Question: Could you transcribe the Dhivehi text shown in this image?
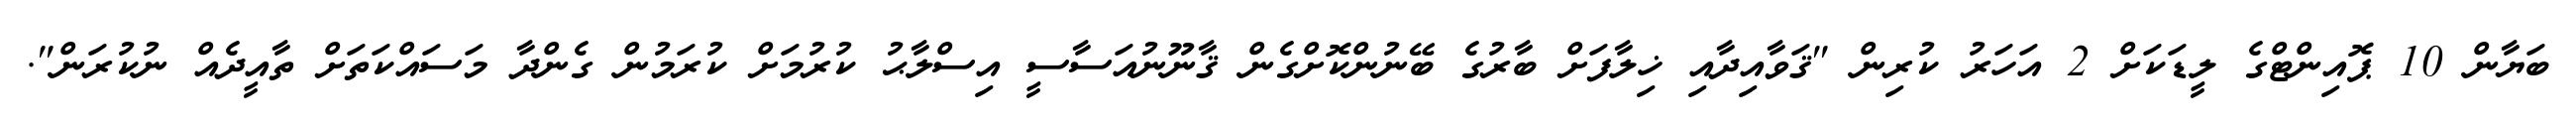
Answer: ބަޔާން 10 ޕޮއިންޓްގެ ލީޑަކަށް 2 އަހަރު ކުރިން "ޤަވާއިދާއި ޚިލާފަށް ބާރުގެ ބޭނުންކޮށްގެން ޤާނޫނުއަސާސީ އިސްލާޙު ކުރުމަށް ކުރަމުން ގެންދާ މަސައްކަތަށް ތާއީދެއް ނުކުރަން".